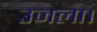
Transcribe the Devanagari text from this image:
उजला।